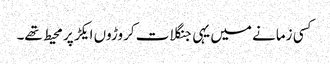
کسی زمانے میں یہی جنگلات کروڑوں ایکڑ پر محیط تھے۔